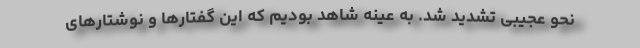
نحو عجیبی تشدید شد. به عینه شاهد بودیم که این گفتارها و نوشتارهای